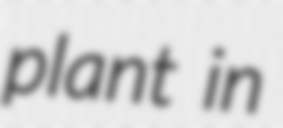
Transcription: plant in